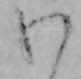
わ